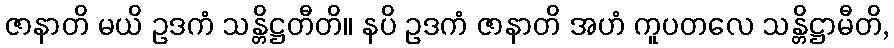
ဇာနာတိ မယိ ဥဒကံ သန္တိဋ္ဌတီတိ။ နပိ ဥဒကံ ဇာနာတိ အဟံ ကူပတလေ သန္တိဋ္ဌာမီတိ,